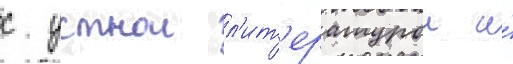
с устнои л'ит'ературои и́